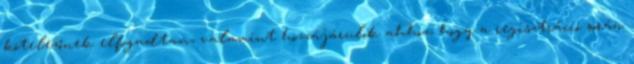
kötelezőnek elfogadtam, valamint hozzájárulok ahhoz, hogy a regisztráció során